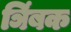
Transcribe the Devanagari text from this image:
ञिंबक